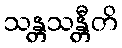
သန္တသန္တီတိ